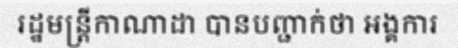
រដ្ឋមន្ត្រីកាណាដា បានបញ្ជាក់ថា អង្គការ